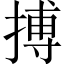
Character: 搏